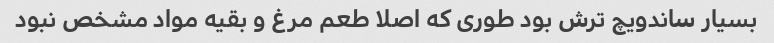
بسیار ساندویچ ترش بود طوری که اصلا طعم مرغ و بقیه مواد مشخص نبود